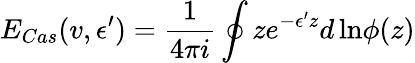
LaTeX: E_{Cas}(v,\epsilon^{\prime})=\frac{1}{4\pi i}\oint ze^{-\epsilon^{\prime}z}d\, \mathrm{ln}\phi(z)